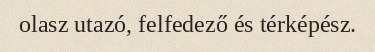
olasz utazó, felfedező és térképész.